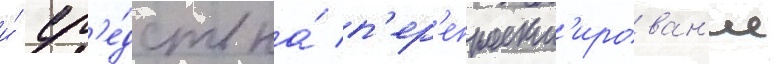
и́ ср'е́дств на́ п'ер'епроект'ирован'ие